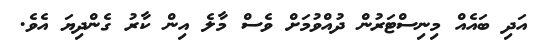
އަދި ބައެއް މިނިސްޓަރުން ދުއްވުމަށް ވެސް މާލެ އިން ކާރު ގެންދިޔަ އެވެ.